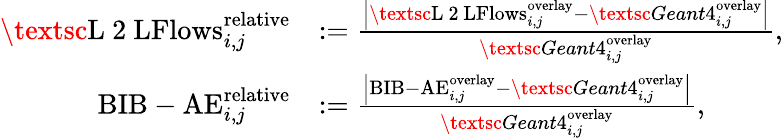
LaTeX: \begin{array}{rl}{\mathrm{\textsc{L~2~LFlows}}_{i,j}^{\mathrm{relative}}}&{:=\frac{\left\vert\mathrm{\textsc{L~2~LFlows}}_{i,j}^{\mathrm{overlay}}-\textsc{Geant4}_{i,j}^{\mathrm{overlay}}\right\vert}{\textsc{Geant4}_{i,j}^{\mathrm{overlay}}},}\\ {\mathrm{BIB-AE}_{i,j}^{\mathrm{relative}}}&{:=\frac{\left\vert\mathrm{BIB-AE}_{i,j}^{\mathrm{overlay}}-\textsc{Geant4}_{i,j}^{\mathrm{overlay}}\right\vert}{\textsc{Geant4}_{i,j}^{\mathrm{overlay}}},}\end{array}